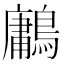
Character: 鷛